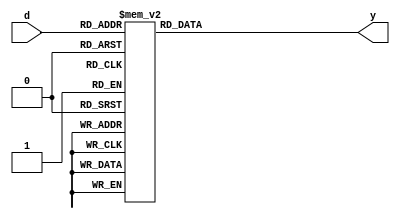
`timescale 1ns / 1ps
//////////////////////////////////////////////////////////////////////////////////
// Company: 
// Engineer: 
// 
// Design Name: 
// Module Name: decoder3_8
// Project Name: 
// Target Devices: 
// Tool Versions: 
// Description: 
// 
// Dependencies: 
// 
// Revision:
// Revision 0.01 - File Created
// Additional Comments:
// 
//////////////////////////////////////////////////////////////////////////////////


module decoder3_8(
    input [2:0] d,
    output reg [7:0] y 
    );
    always @(*) begin
    case(d)
        //(an)
        3'b000: y = 8'b1111_1110; 
        3'b001: y = 8'b1111_1101; 
        3'b010: y = 8'b1111_1011; 
        3'b011: y = 8'b1111_0111; 
        3'b100: y = 8'b1110_1111; 
        3'b101: y = 8'b1101_1111; 
        3'b110: y = 8'b1011_1111; 
        3'b111: y = 8'b0111_1111; 
    endcase
  end
endmodule